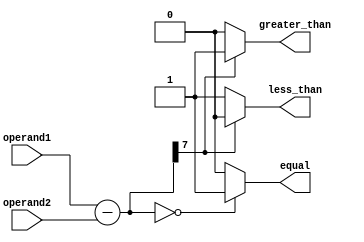
module magnitude_comparator (
    input [7:0] operand1,
    input [7:0] operand2,
    output wire greater_than,
    output wire less_than,
    output wire equal
);

wire [7:0] difference;
assign difference = operand1 - operand2;

assign greater_than = (difference[7] == 1) ? 1 : 0;
assign less_than = (difference[7] == 0) ? 1 : 0;
assign equal = (difference == 8'b0) ? 1 : 0;

endmodule